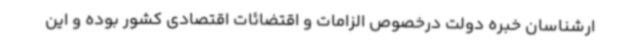
ارشناسان خبره دولت درخصوص الزامات و اقتضائات اقتصادی کشور بوده و این